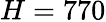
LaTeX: H=770